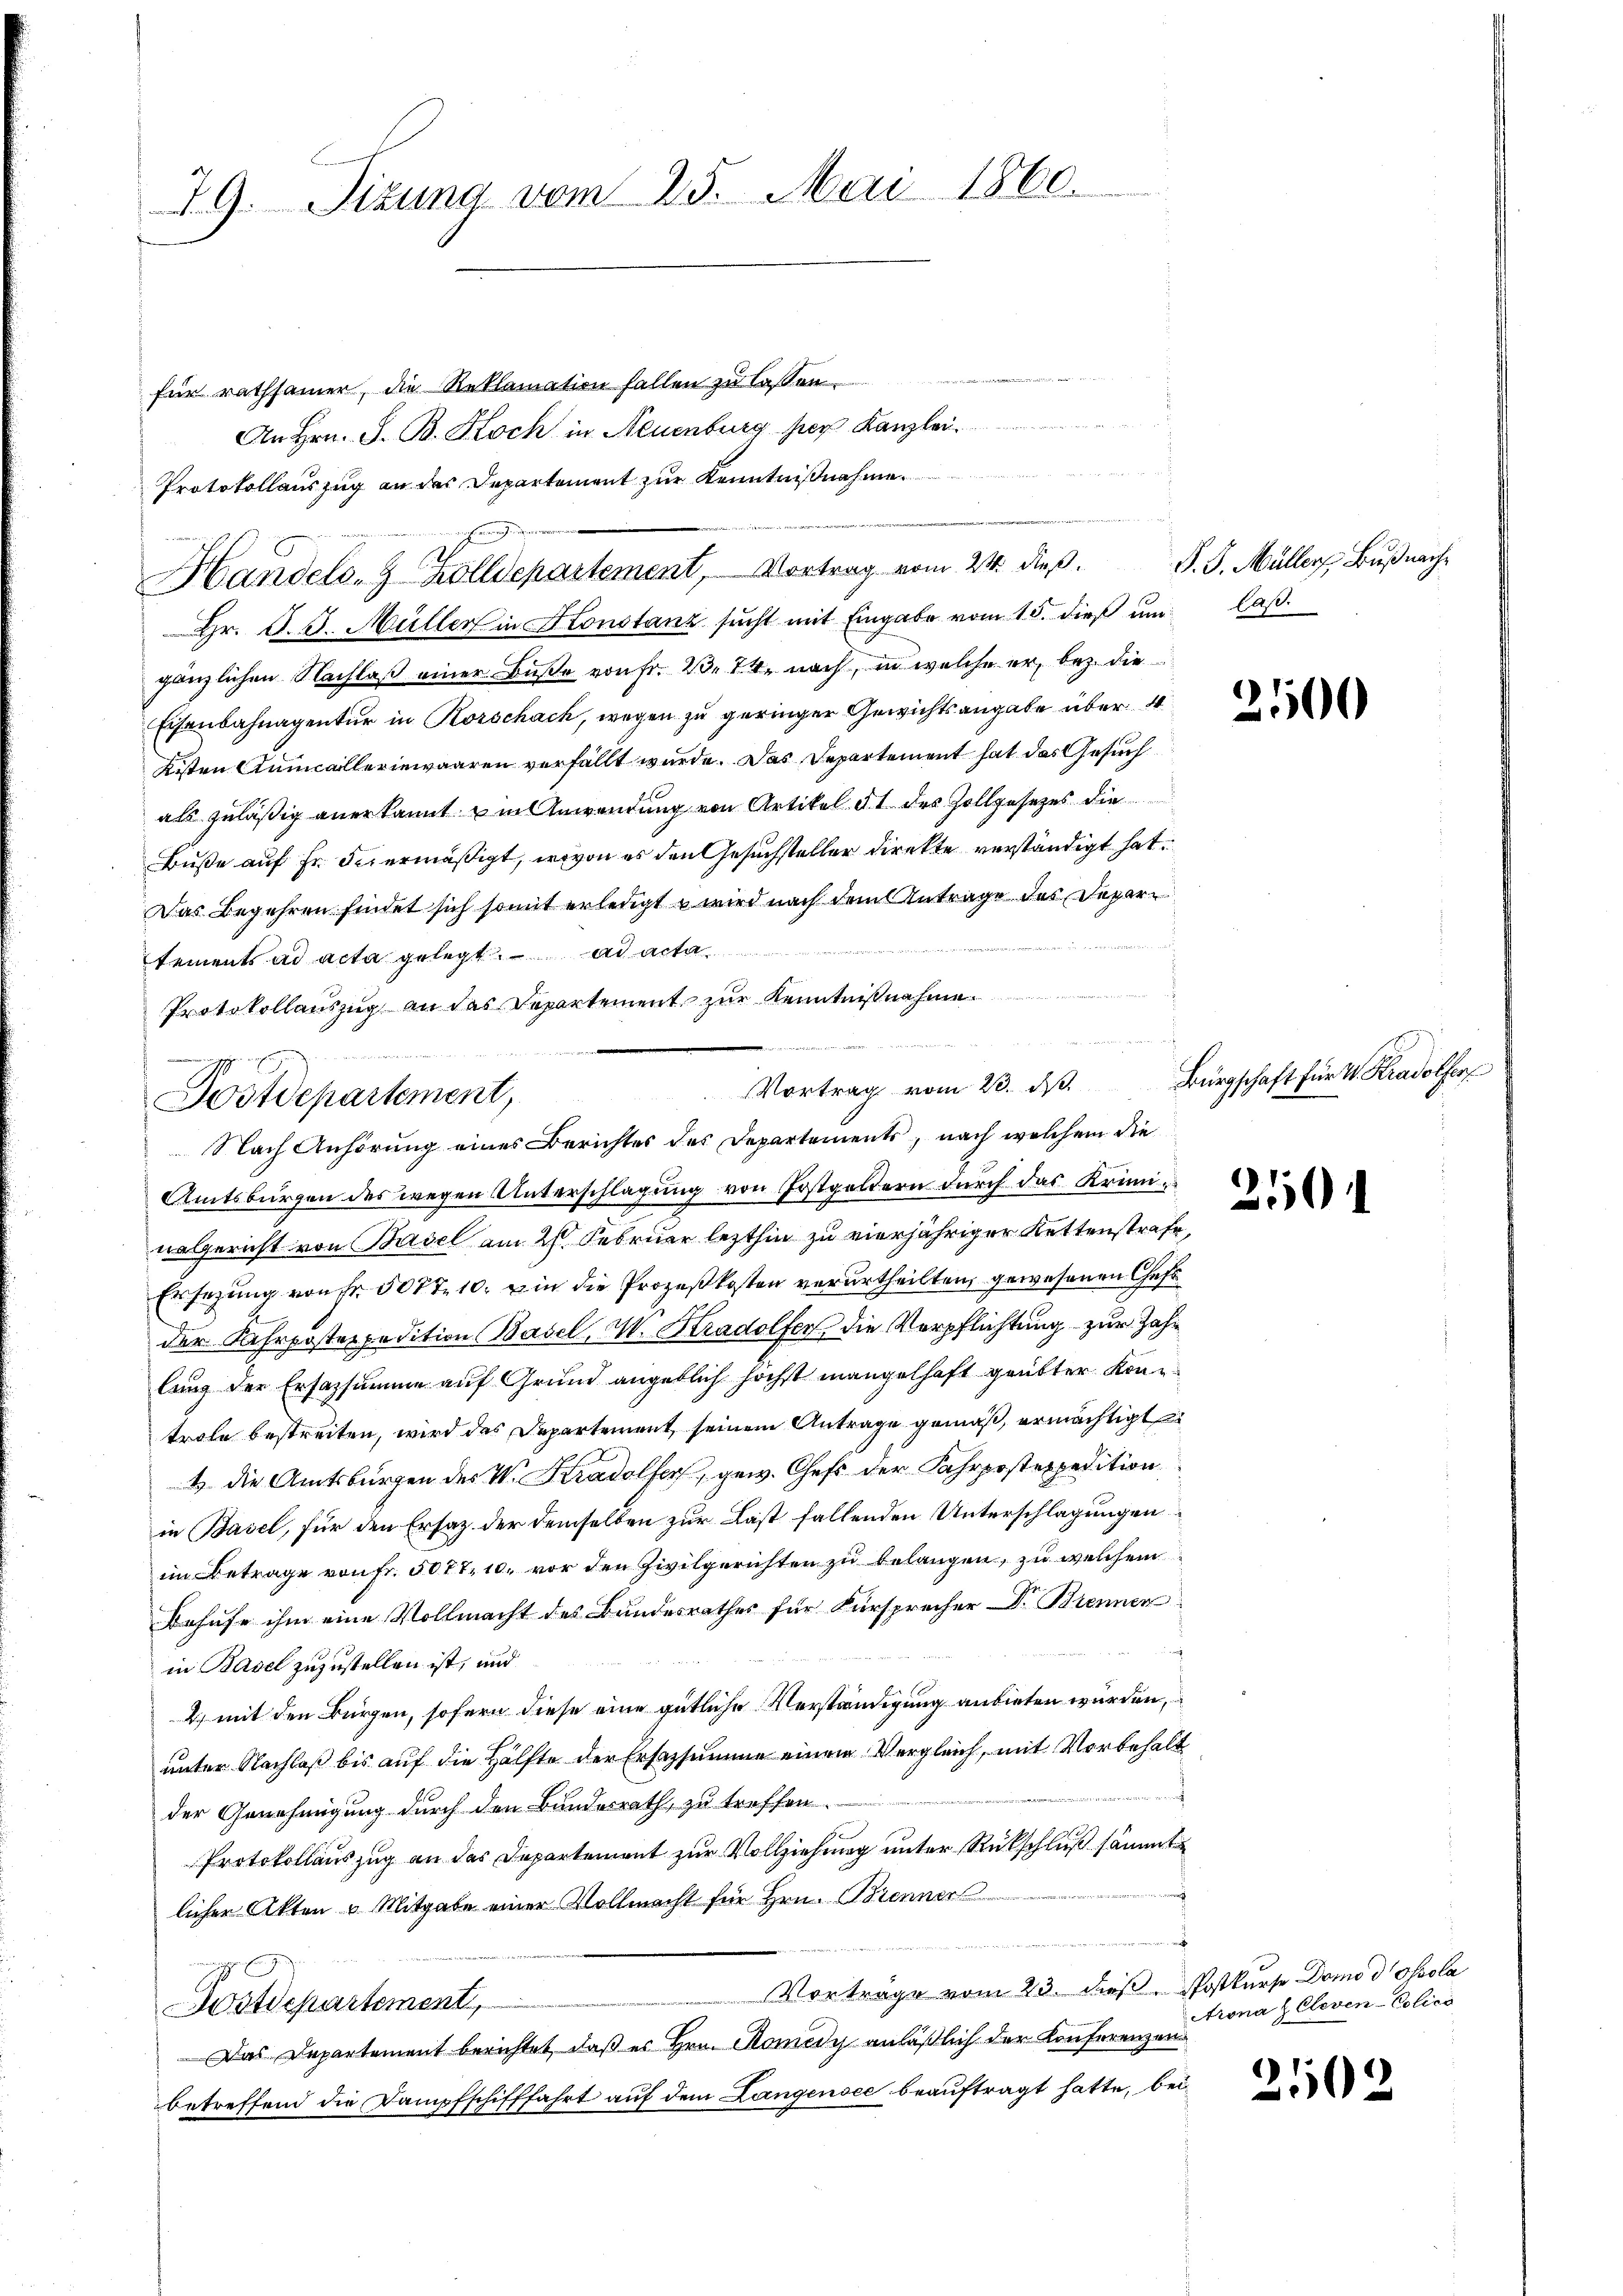
29. Sizung vom 25. Mai 1860.

für rathsamer, die Reklamation fallen zu lassen.
An Hrn. J. B. Koch in Neuenburg her Kanzle
Protokollauszug an des Departement zur Kenntnißnahme.
Hr. J. J. Müller in Konstanz sŭcht mit Eingabe vom 15. dieβ ŭm laβ.
gänzlichen Nachlaß einer Buße von Fr. 2. 74. nach, in welche er, bez. die
Eisenbahnagentur in Korschach, wegen zu geringer Gewichtsangabe über 4
Kisten Kumcalleriewaaren verfällt wurde. Das Departement hat das Gesuch
als zuläßig anerkannt um Anwendung von Artikel § 1 des Zollgesezes die
Buße auf Fr. Feiermäßigt, wovon es den Gesuchsteller direkte verständigt hat.
Das Begehren findet sich somit erledigt u wird nach dem Antrage des Departements ad acta gelegt. ad acta
Protokollauszug an das Departement zur Kenntnißnahme
Amtsbürgen des wegen Unterschlagung von Postgeldern durch das Kriminalgericht von Basel am 26. Februar lezthin zu vierjähriger Kettenstrafe,
Ersezung von Fr. 500 f 10. in die Prozeßkosten verurtheilten gewesenen Chefsder Fahrposterpedition Basel, M. Stradolfer die Verpflichtung zur Zahlung der Ersazsumme auf Grund angeblich höchst mangelhaft geübter Kontrole bestreiten, wird das Departement seinem Antrage gemäß, ermächtigt
4 die Amtsbürgen des V. Ktradolfer, gew. Chefs der Fahrpostexpedition
in Basel, für den Ersatz der demselben zur Last fallenden Unterschlagungen
im Betrage von Fr. 5077. 10. vor den Zivilgerichten zu belangen, zu welchem
Behufe ihm eine Vollmacht des Bundesrathes für Fürsprecher Dr. Brennen
in Basel zuzustellen ist, und
2) mit den Bürgen, sofern diese eine gütliche Verständigung anbieten werden,
unter Nachlaß bis auf die Hälfte der Ersatzsumme einem Vergleich, mit Vorbehalt
der Genehmigung durch den Bundesrath, zu treffen
Protokollauszug an das Departement zur Vollziehung unter Rückschluß sämmt
licher Akten u. Mitgabe einer Vollmacht für Hrn. Brenner

Vorträge vom 23. dieß Postkurse Domo d Oscola
ostdepartement,
Das Departement berichtet, daß es Hrn. Komedy anläßlich der Konferenzen
betreffend die Dampfschifffahrt auf dem Langensee beauftragt hatte, bei

Handels- & Zolldepartement, Vortrag vom 24. dieß.

e
Vortrag vom 20. ds.
Postdepartement,
Nach Anhörung eines Berichtes des Departements, nach welchem die

P. J. Müller Buß nache

2500

Bürgschaft für V. Kradolfers

250

Arona z Cleven-Polico

2102